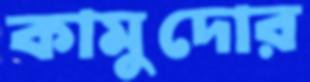
কামুদোর